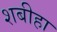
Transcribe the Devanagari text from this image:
शबीहा